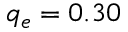
q _ { e } = 0 . 3 0